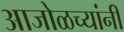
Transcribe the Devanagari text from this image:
आजोळच्यांनी